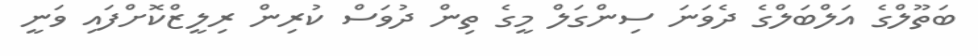
ބަތޫލްގެ އަލްބަލްގެ ދެވަނަ ސިންގަލް މީގެ ތިން ދުވަސް ކުރިން ރިލީޒްކޮށްފައި ވަނީ